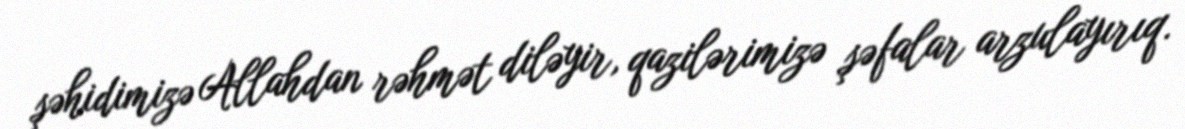
şəhidimizə Allahdan rəhmət diləyir, qazilərimizə şəfalar arzulayırıq.